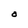
Character: O